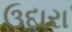
ઉદારા